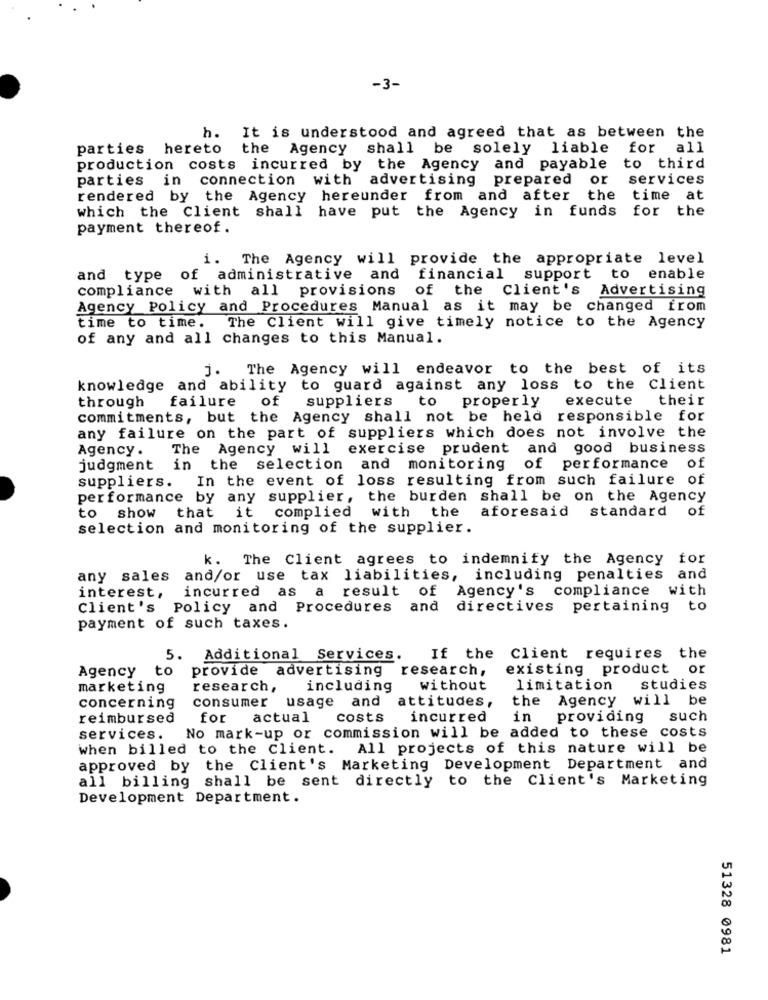
-3-
h. It is understood and agreed that as between the
parties hereto
the Agency shall be solely liable
for
all
production costs incurred by the Agency and payable
to third
parties in connection with advertising prepared or
services
rendered by the Agency hereunder from and after the
time at
which the Client shall have put the Agency in funds
for the
payment thereof.
i. The Agency will provide the appropriate level
and type of administrative and
financial support to enable
compliance with all provisions of the Client's Advertising
Agency Policy and Procedures Manual as it may be changed from
The Client will give timely notice to the Agency
time to time.
of any and all changes to this Manual.
j. The Agency will endeavor to the best of its
knowledge and ability to guard against any loss to the Client
through
failure of
suppliers
to properly
execute their
commitments, but the Agency shall not be held responsible for
any failure on the part of suppliers which does not involve the
Agency .
The Agency will exercise prudent and good business
judgment
in the selection and monitoring of performance of
In the event of loss resulting from such failure of
suppliers.
performance by any supplier, the burden shall be on the Agency
complied
with the aforesaid standard
of
to show that it
selection and monitoring of the supplier.
k. The Client agrees to indemnify the Agency for
any sales and/or use tax liabilities, including penalties and
incurred as a result of
Agency's compliance with
interest,
Client's Policy and Procedures
and
directives pertaining to
payment of such taxes.
5. Additional Services.
If the Client requires the
Agency
to
provide advertising research,
existing product or
marketing
research,
including
without
limitation
studies
consumer usage and
attitudes,
the Agency will be
concerning
reimbursed
for actual
costs
incurred
in
providing
such
No mark-up or commission will be added to these costs
services.
when billed to the Client. All projects of this nature will be
approved by the Client's Marketing Development Department and
all billing shall be sent directly to the Client's Marketing
Development Department.
51328 0981